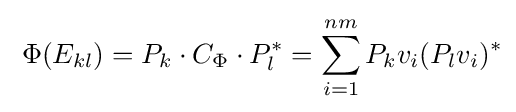
\;\Phi (E_{kl})=P_{k}\cdot C_{\Phi }\cdot P_{l}^{*}=\sum _{i=1}^{nm}P_{k}v_{i}(P_{l}v_{i})^{*}